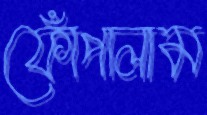
ফোঁপালাম